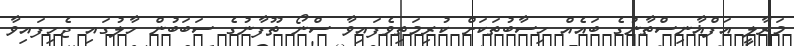
މަރާލީ އަފްޣާނިސްތާނުގެ ބައެއް ހިސާބުތަކަށް ކުރިމަތިވެފައިވާ ސްނޯ ތޫފާނުގެ ސަބަބުން ހާލުގައި ޖެހިފައިވާ